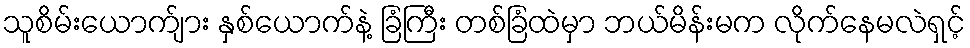
သူစိမ်းယောက်ျား နှစ်ယောက်နဲ့ ခြံကြီး တစ်ခြံထဲမှာ ဘယ်မိန်းမက လိုက်နေမလဲရှင့်